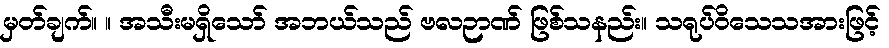
မှတ်ချက်။ ။ အသီးမရှိသော် အဘယ်သည် ဗလဉာဏ် ဖြစ်သနည်း။ သရုပ်ဝိသေသအားဖြင့်